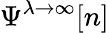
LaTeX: \Psi^{\lambda\to\infty}[n]